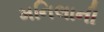
મનિલાની